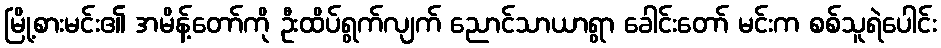
မြို့စားမင်း၏ အမိန့်တော်ကို ဦးထိပ်ရွက်လျက် ညောင်သာယာရွာ ခေါင်းတော် မင်းက စစ်သူရဲပေါင်း